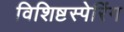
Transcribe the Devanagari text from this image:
विशिष्टस्पेरिंग